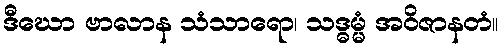
ဒီဃော ဗာလာန သံသာရော၊ သဒ္ဓမ္မံ အဝိဇာနတံ။